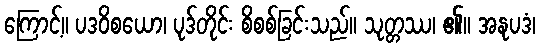
ကြောင့်။ ပဒဝိစယော၊ ပုဒ်တိုင်း စိစစ်ခြင်းသည်။ သုတ္တဿ၊ ၏။ အနုပဒံ၊